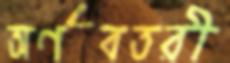
অর্ণবতরী